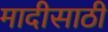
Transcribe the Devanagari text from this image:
मादीसाठी